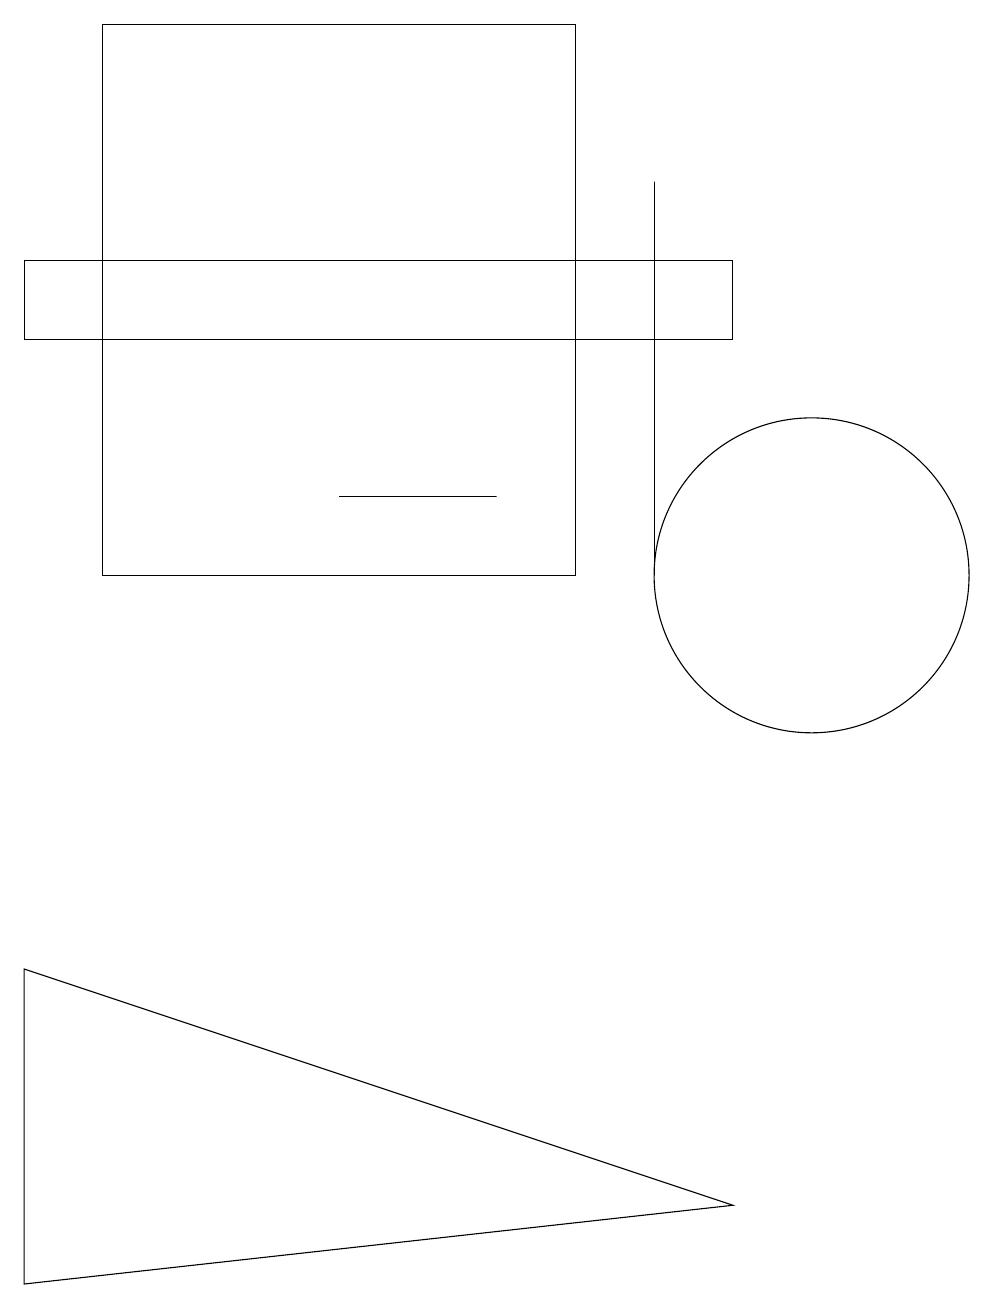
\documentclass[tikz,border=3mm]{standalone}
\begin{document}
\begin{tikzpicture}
\draw (0,13) rectangle (9,14);
\draw (8,10) rectangle (8,15);
\draw (0,5) -- (0,1) -- (9,2) -- cycle;
\draw (7,10) rectangle (1,17);
\draw (4,11) rectangle (6,11);
\draw (10,10) circle (2);
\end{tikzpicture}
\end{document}